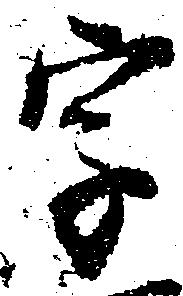
字